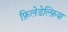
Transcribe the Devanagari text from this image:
फ़िलेडेल्फ़िया